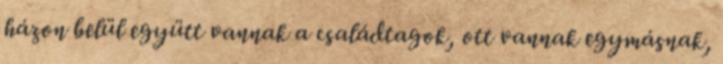
házon belül együtt vannak a családtagok, ott vannak egymásnak,